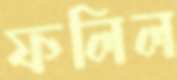
ফলিল